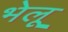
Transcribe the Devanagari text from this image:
भेलू